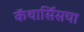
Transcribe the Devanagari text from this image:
कॅथार्सिसचा